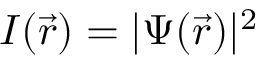
I ( \vec { r } ) = | \Psi ( \vec { r } ) | ^ { 2 }